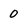
Character: 0